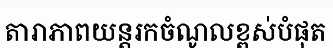
តារាភាពយន្តរកចំណូលខ្ពស់បំផុត